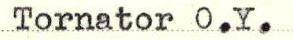
Tornator O.Y.